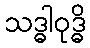
သဒ္ဓါဝုဒ္ဓိ